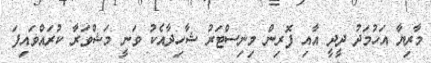
މާރިޔާ އަހުމަދު ދީދީ އާއި ފޮރިން މިނިސްޓަރު ޝާހިދާއެކު ވަނީ މަޝްވަރާ ކުރައްވައިފަ